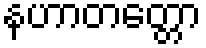
နဟာတတ္တော